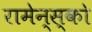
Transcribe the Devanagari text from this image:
रामेन्स्को